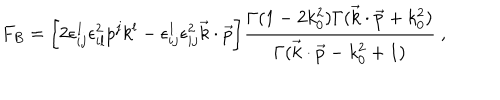
F _ { B } = \bigg [ 2 \epsilon _ { i j } ^ { 1 } \epsilon _ { i l } ^ { 2 } p ^ { j } k ^ { l } - \epsilon _ { i j } ^ { 1 } \epsilon _ { i j } ^ { 2 } \vec { k } \cdot \vec { p } \bigg ] { \frac { \Gamma ( 1 - 2 k _ { 0 } ^ { 2 } ) \Gamma ( \vec { k } \cdot \vec { p } + k _ { 0 } ^ { 2 } ) } { \Gamma ( \vec { k } \cdot \vec { p } - k _ { 0 } ^ { 2 } + 1 ) } } \ ,